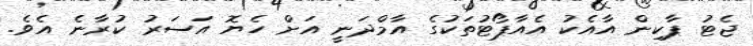
ޖެޓު ޕާކިން އާއެކު އެއާޕޯޓުތަކުގެ އާމްދަނީ އަށް ހެޔޮ އަސަރު ކުރާނެ އެވެ.